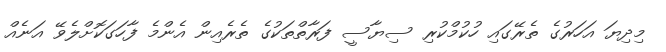
މިދިޔަ އަހަރުގެ ތެރޭގައި ހުކުމްކުރި ސިޔާސީ ފަރާތްތަކުގެ ތެރެއިން އެންމެ ފާހަގަކޮށްލެވޭ އަނެއް